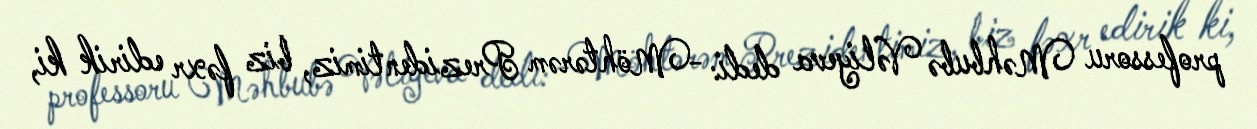
professoru Məhbubə Vəliyeva dedi: -Möhtərəm Prezidentimiz, biz fəxr edirik ki,